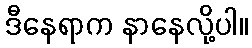
ဒီနေရာက နာနေလို့ပါ။